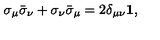
\sigma _ { \mu } \bar { \sigma } _ { \nu } + \sigma _ { \nu } \bar { \sigma } _ { \mu } = 2 \delta _ { \mu \nu } \mathbf { 1 } ,